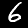
Label: 6